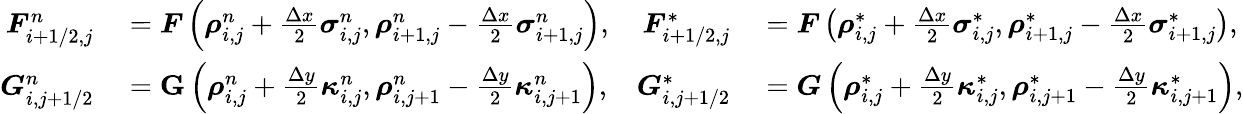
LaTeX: \begin{array}{rlrl}{\boldsymbol{F}_{i+1/2,j}^{n}}&{{}=\boldsymbol{F}\left(\boldsymbol{\rho}_{i,j}^{n}+\frac{\Delta x}{2}\boldsymbol{\sigma}_{i,j}^{n},\boldsymbol{\rho}_{i+1,j}^{n}-\frac{\Delta x}{2}\boldsymbol{\sigma}_{i+1,j}^{n}\right),}&{\boldsymbol{F}_{i+1/2,j}^{*}}&{{}=\boldsymbol{F}\left(\boldsymbol{\rho}_{i,j}^{*}+\frac{\Delta x}{2}\boldsymbol{\sigma}_{i,j}^{*},\boldsymbol{\rho}_{i+1,j}^{*}-\frac{\Delta x}{2}\boldsymbol{\sigma}_{i+1,j}^{*}\right),}\\ {\boldsymbol{G}_{i,j+1/2}^{n}}&{{}=\mathbf{G}\left(\boldsymbol{\rho}_{i,j}^{n}+\frac{\Delta y}{2}\boldsymbol{\kappa}_{i,j}^{n},\boldsymbol{\rho}_{i,j+1}^{n}-\frac{\Delta y}{2}\boldsymbol{\kappa}_{i,j+1}^{n}\right),}&{\boldsymbol{G}_{i,j+1/2}^{*}}&{{}=\boldsymbol{G}\left(\boldsymbol{\rho}_{i,j}^{*}+\frac{\Delta y}{2}\boldsymbol{\kappa}_{i,j}^{*},\boldsymbol{\rho}_{i,j+1}^{*}-\frac{\Delta y}{2}\boldsymbol{\kappa}_{i,j+1}^{*}\right),}\end{array}